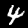
Label: 4